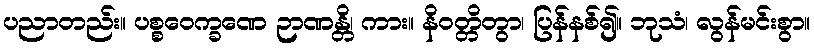
ပညာတည်း။ ပစ္စဝေက္ခဏေ ဉာဏန္တိ၊ ကား။ နိဝတ္တိတွာ၊ ပြန်နစ်၍။ ဘုသံ၊ လွန်မင်းစွာ။